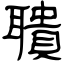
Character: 聵